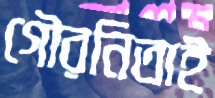
গৌরনিতাই